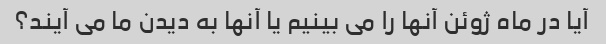
آیا در ماه ژوئن آنها را می بینیم یا آنها به دیدن ما می آیند؟